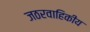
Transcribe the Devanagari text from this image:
जठरवाहिकीय